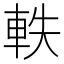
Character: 軼